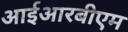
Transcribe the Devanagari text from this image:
आईआरबीएम